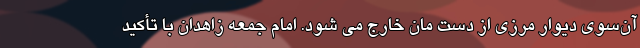
آن‌سوی دیوار مرزی از دست مان خارج می شود. امام جمعه زاهدان با تأکید